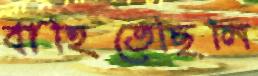
বাহিতেছিলি